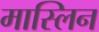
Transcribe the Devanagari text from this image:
मास्लिन